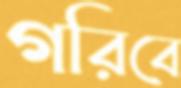
গরিবে